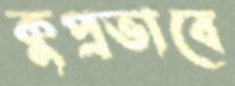
কুপ্রভাবে